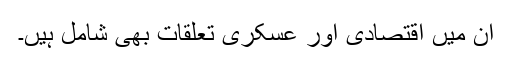
ان میں اقتصادی اور عسکری تعلقات بھی شامل ہیں۔